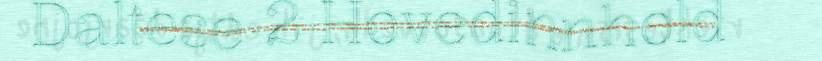
Daltese 2 Hovedinnhold